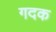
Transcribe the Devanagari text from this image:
गदक